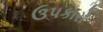
ઉપકારો